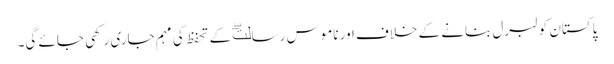
پاکستان کو لبرل بنانے کے خلاف اور ناموسِ رسالتۖ کے تحفظ کی مہم جاری رکھی جائے گی۔